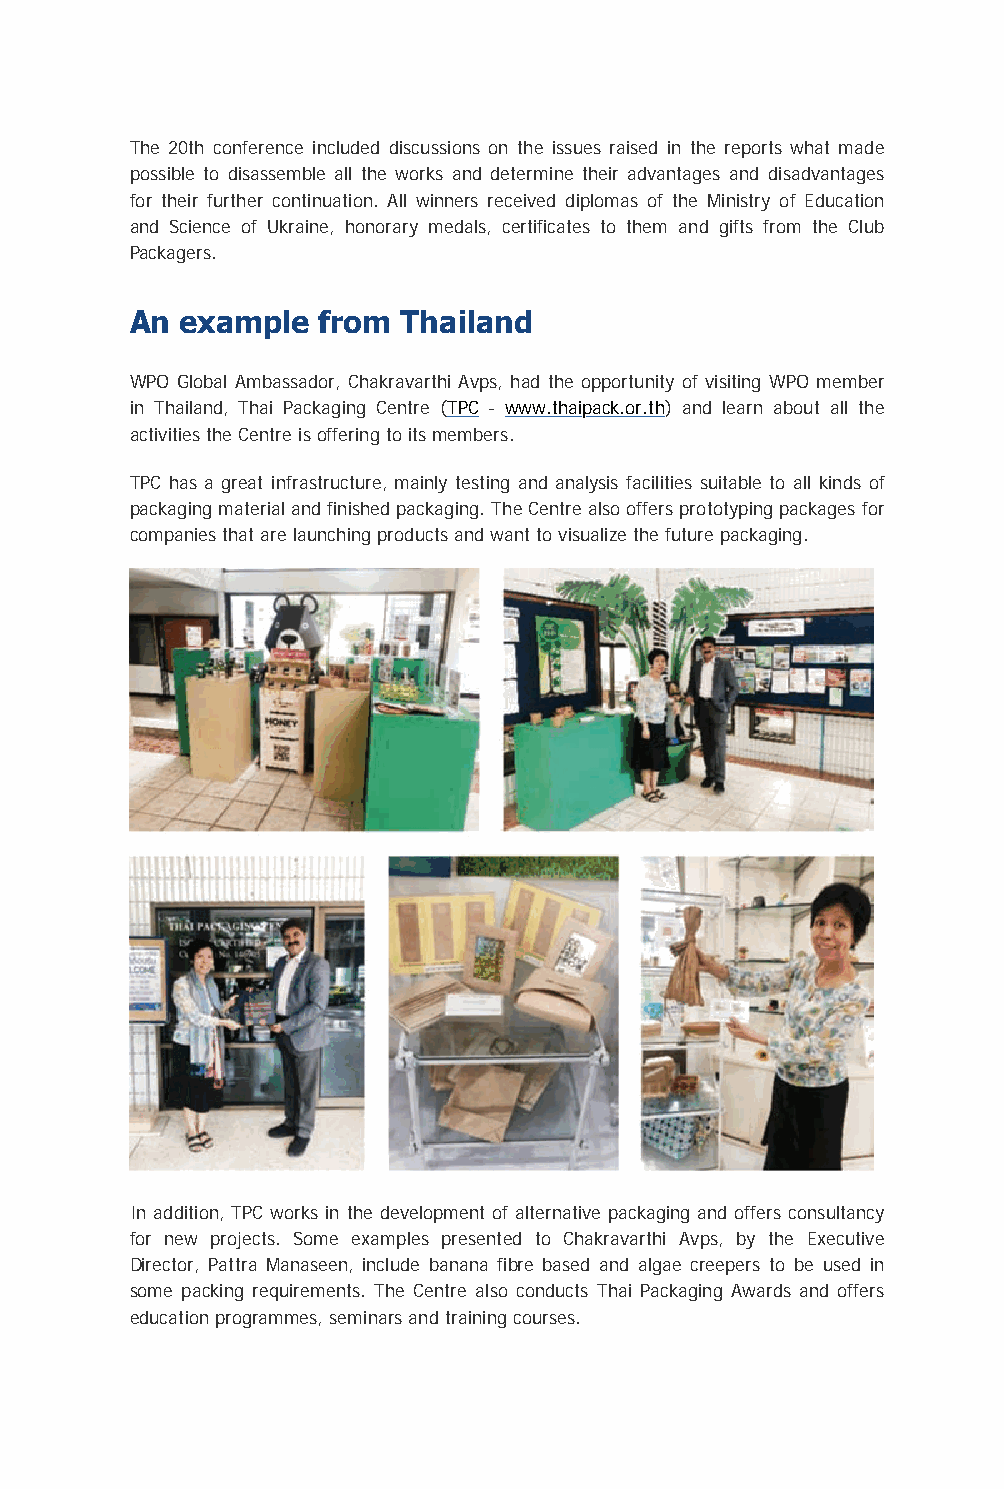
The 20th conference included discussions on the issues raised in the reports what made
 possible to disassemble all the works and determine their advantages and disadvantages
 for their further continuation. All winners received diplomas of the Ministry of Education
 and Science of Ukraine, honorary medals, certificates to them and gifts from the Club
 Packagers.
 An  example  from Thailand
 WPO Global Ambassador, Chakravarthi Avps, had the opportunity of visiting WPO member
 in Thailand, Thai Packaging Centre (TPC - www.thaipack.or.th) and learn about all the
 activities the Centre is offering to its members.
 TPC has a great infrastructure, mainly testing and analysis facilities suitable to all kinds of
 packaging material and finished packaging. The Centre also offers prototyping packages for
 companies that are launching products and want to visualize the future packaging.
 In addition, TPC works in the development of alternative packaging and offers consultancy
 for new projects. Some examples presented to Chakravarthi Avps, by the Executive
 Director, Pattra Manaseen, include banana fibre based and algae creepers to be used in
 some packing requirements. The Centre also conducts Thai Packaging Awards and offers
 education programmes, seminars and training courses.